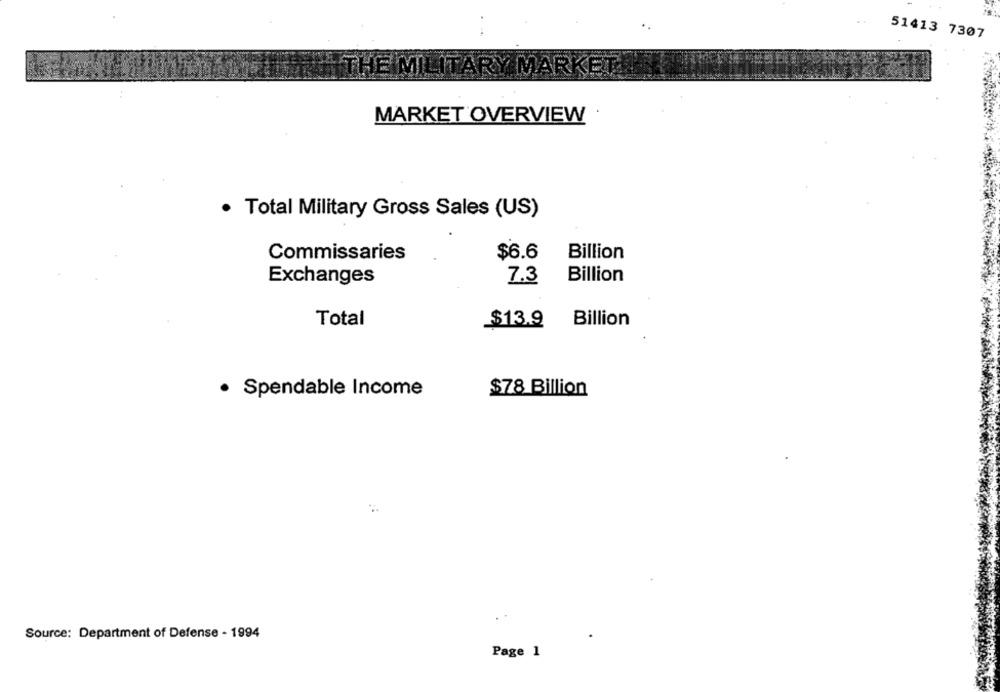
51413 7307
THE MILITAR
MARKET OVERVIEW
· Total Military Gross Sales (US)
Commissaries
$6.6
Billion
Exchanges
7.3
Billion
Total
$13.9
Billion
· Spendable Income
$78 Billion
Source: Department of Defense - 1994
Page 1